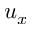
u _ { x }